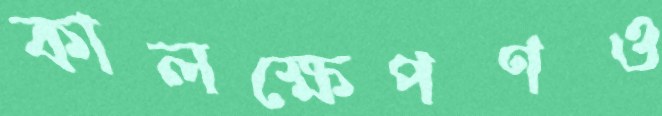
কালক্ষেপণও